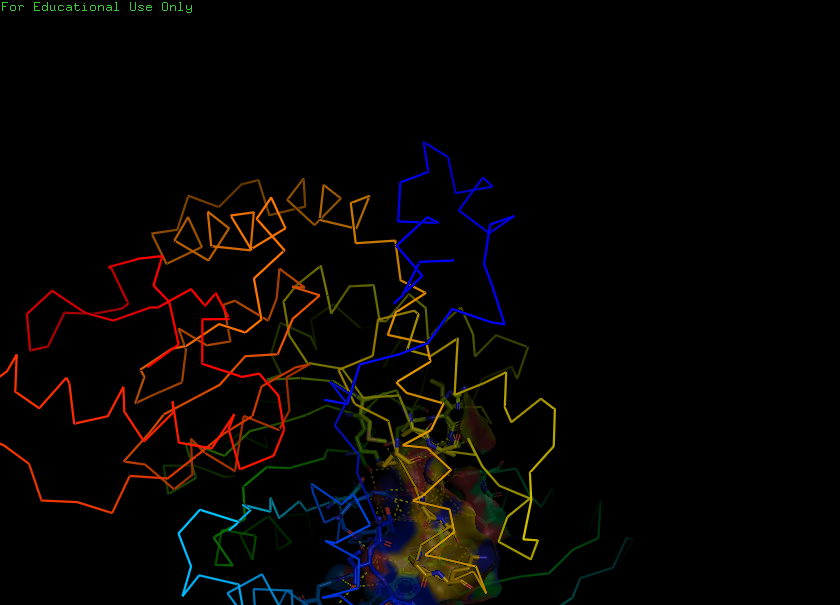
pymol, preset, ligand_sites_trans